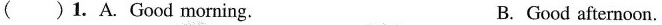
( )1. A.Good morning. B.Good afternoon.